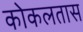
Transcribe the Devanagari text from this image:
कोकलतास